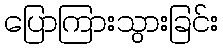
ပြောကြားသွားခြင်း